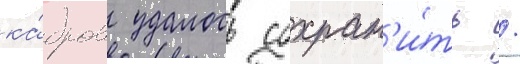
ка́дров удалось сохран'и́ть /